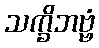
သက္ခိဘဗ္ဗံ